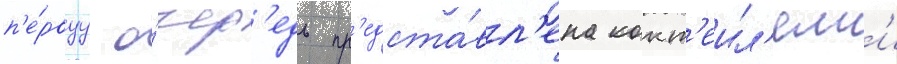
п'е́рвуу о́чер'едь пр'едста́вл'ена кокт'еил'ям'и